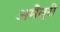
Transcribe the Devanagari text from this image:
अमैत्री